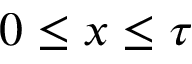
0 \leq x \leq \tau